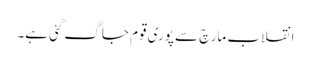
انقلاب مارچ سے پوری قوم جاگ گئی ہے۔